Leaving Certificate Examination, 1903
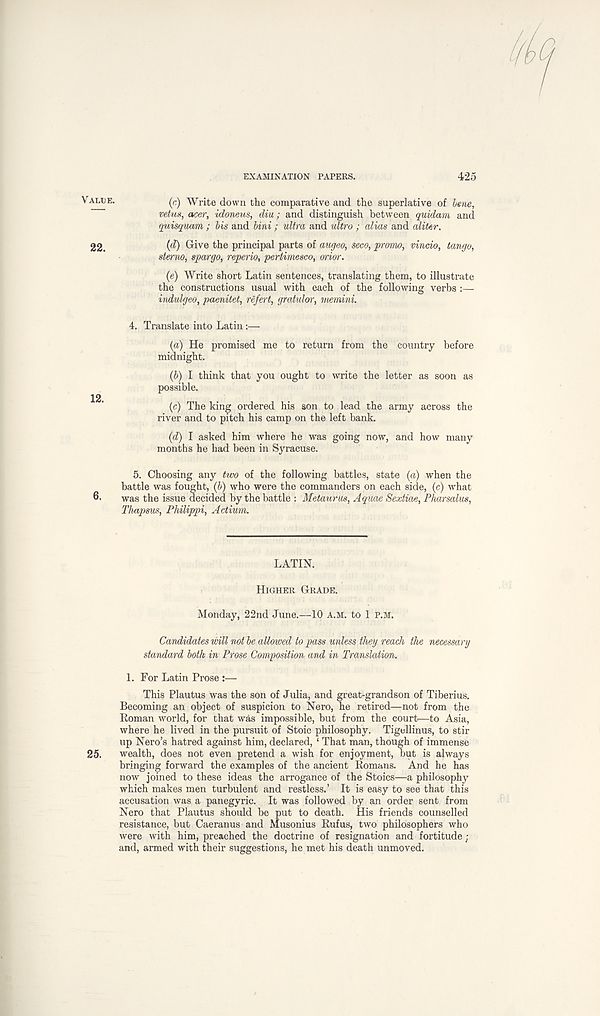
EXAMINATION PAPERS.
425
ALtjE -
(c) Write down the comparative and the superlative of bene,
vetus, acer, idoneus, diu; and distinguish between quidam and
quisquam ; bis and bini ; ultra and ultra ; alias and aliter.
22.
(d) Give the principal parts of augeo, seco, promo, vincio, tango,
sterna, spargo, reperio, pertimesco, orior.
(e) Write short Latin sentences, translating them, to illustrate
the constructions usual with each of the following verbs :—
indulgeo, paenilet, refert, gratulor, memini.
4. Translate into Latin:—
(a) He promised me to return from the country before
midnight.
(b) I think that you ought to write the letter as soon as
possible.
12.
(c) The king ordered his son to lead the army across the
river and to pitch his camp on the left bank.
(d) I asked him where he was going now, and how many
months he had been in Syracuse.
5. Choosing any two of the following battles, state (a) when the
battle was fought, (b) who were the commanders on each side, (c) what
was the issue decided by the battle : Metauras, Aquae Sextiae, Pharsalus,
Thapsus, Philippi, Actium.
LATIN.
HIGHER GRADE.
Monday, 22nd June.—10 A.M. to 1 P.M.
Candidates will not be allowed to pass unless they reach the necessary
standard both in Prose Composition and in Translation.
1. For Latin Prose :—
This Plautus was the son of Julia, and great-grandson of Tiberius.
Becoming an object of suspicion to Nero, he retired—not from the
Roman world, for that was impossible, but from the court—to Asia,
where he lived in the pursuit of Stoic philosophy. Tigellinus, to stir
up Nero’s hatred against him, declared, ‘ That man, though of immense
25.
wealth, does not even pretend a wish for enjoyment, but is always
bringing forward the examples of the ancient Romans. And he has
now joined to these ideas the arrogance of the Stoics—a philosophy
which makes men turbulent and restless.’ It is easy to see that this
accusation was a panegyric. It was followed by an order sent from
Nero that Plautus should be put to death. His friends counselled
resistance, but Caeranus and Musonius Rufus, two philosophers who
were with him, preached the doctrine of resignation and fortitude ;
and, armed with their suggestions, he met his death unmoved.